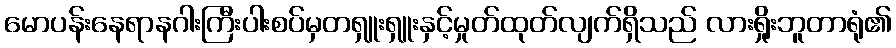
မောပန်းနေရာနဂါးကြီးပါးစပ်မှတရှူးရှူးနှင့်မှုတ်ထုတ်လျက်ရှိသည် လားရှိုးဘူတာရုံ၏